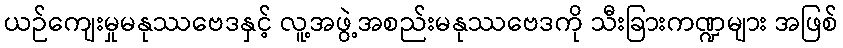
ယဉ်ကျေးမှုမနုဿဗေဒနှင့် လူ့အဖွဲ့အစည်းမနုဿဗေဒကို သီးခြားကဏ္ဍများ အဖြစ်